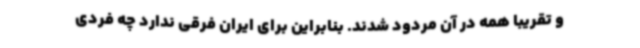
و تقریبا همه در آن مردود شدند. بنابراین برای ایران فرقی ندارد چه فردی